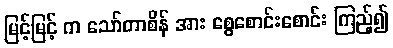
မြင့်မြင့် က သော်တာစိန် အား စွေစောင်းစောင်း ကြည့်၍